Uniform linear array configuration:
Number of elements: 48
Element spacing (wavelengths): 0.75
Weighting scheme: blackman
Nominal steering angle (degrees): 45
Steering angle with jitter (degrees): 44.542
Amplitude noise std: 0.05
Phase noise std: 0.05

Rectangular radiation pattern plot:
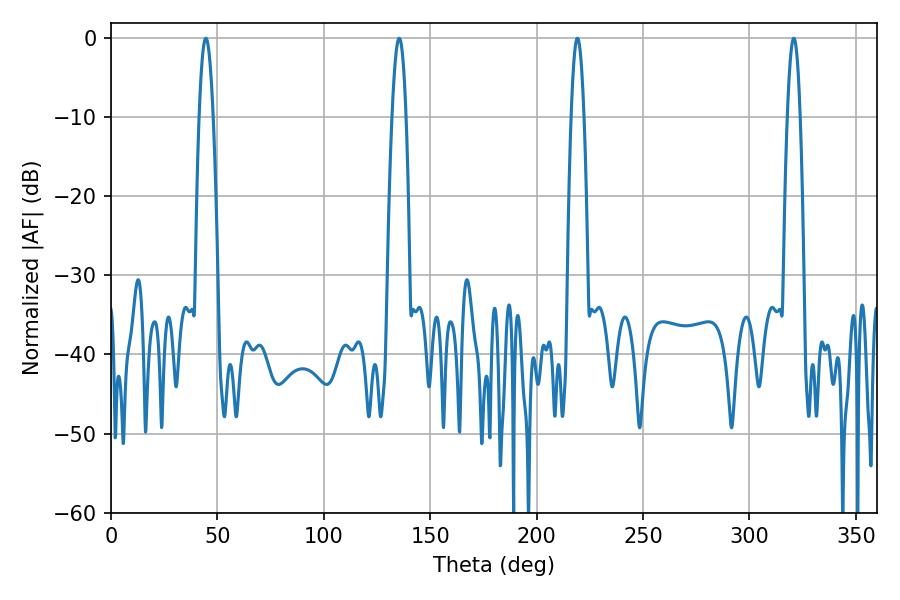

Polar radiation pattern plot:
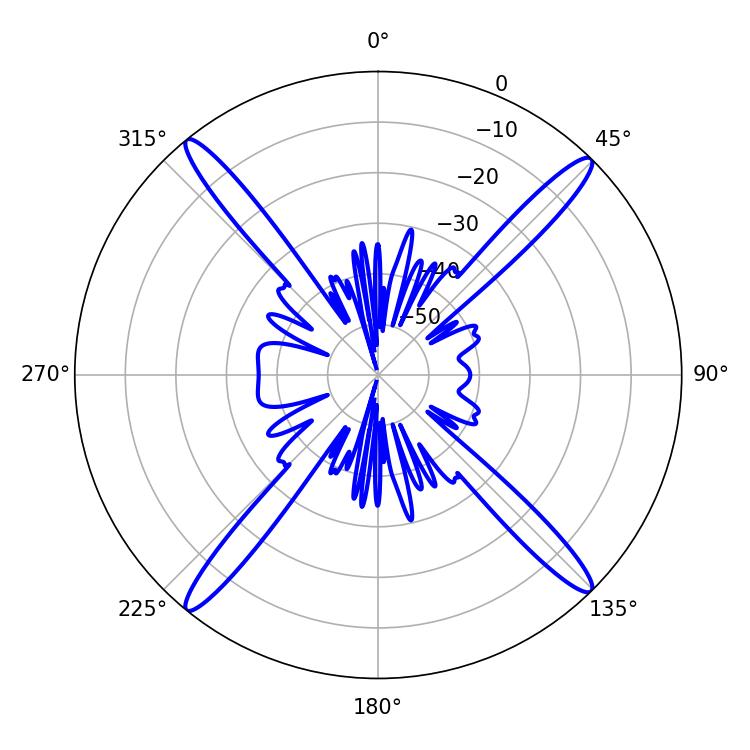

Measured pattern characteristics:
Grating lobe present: TRUE
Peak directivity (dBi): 20.777
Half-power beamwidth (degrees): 3.6
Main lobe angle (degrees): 44.64